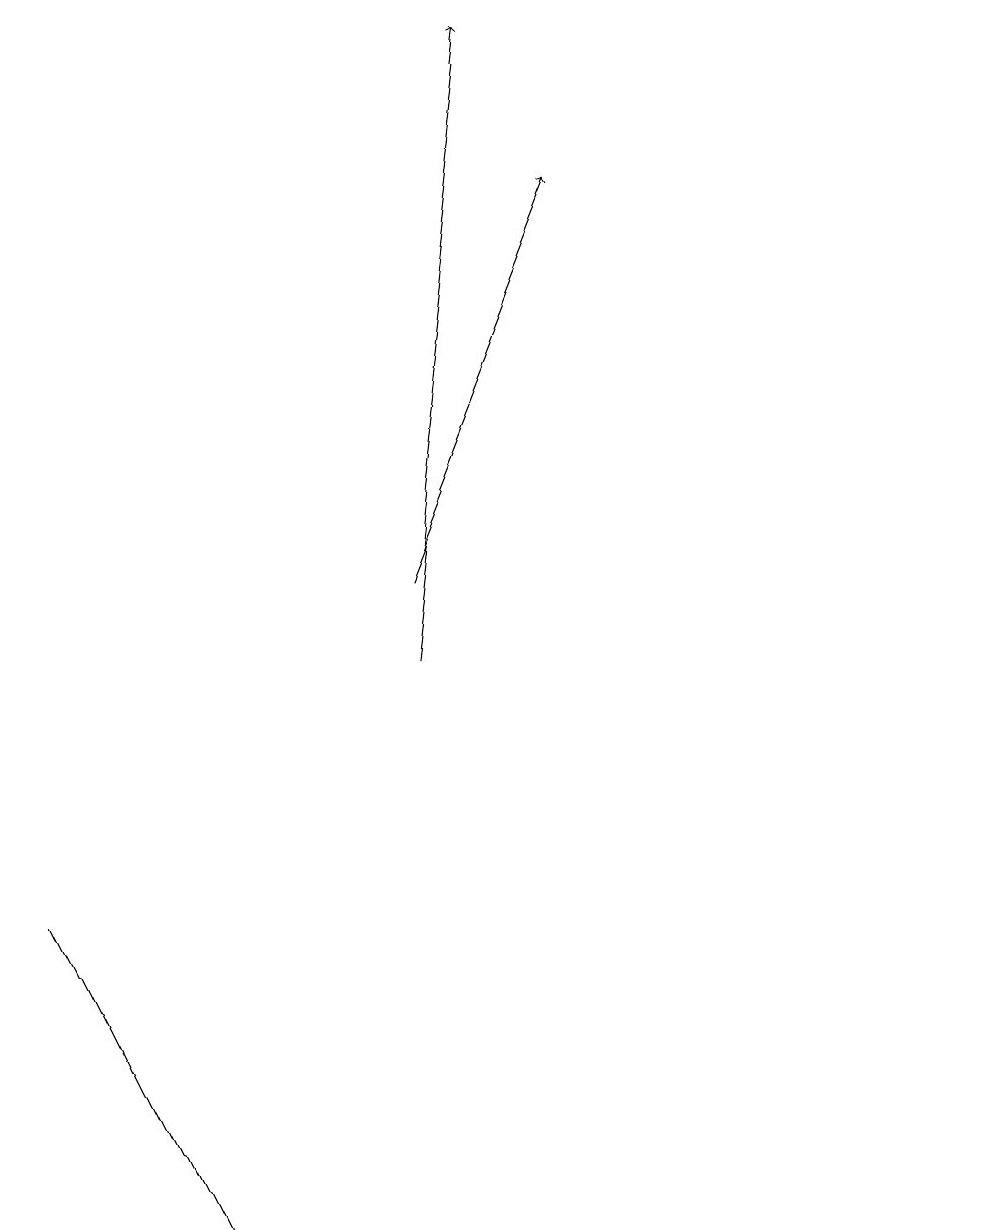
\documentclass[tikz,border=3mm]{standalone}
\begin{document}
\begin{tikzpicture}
\draw (12,12) circle (0);
\draw (11,10) circle (0);
\draw (0,8) -- (2,4) -- (1,6) -- cycle;
\draw[->] (5,11) -- (6,19);
\draw[->] (5,12) -- (7,17);
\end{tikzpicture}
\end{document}